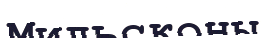
Мильсконы